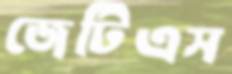
জেটিএস